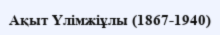
Ақыт Үлімжіұлы (1867-1940)